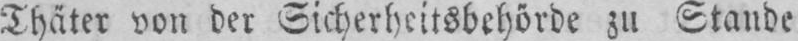
Thäter von der Sicherheitsbehörde zu Stande